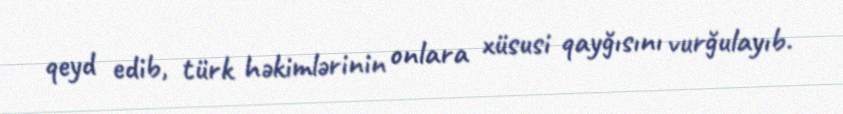
qeyd edib, türk həkimlərinin onlara xüsusi qayğısını vurğulayıb.